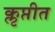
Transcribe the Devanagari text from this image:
कॢप्तीत